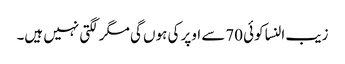
زیب النسا کوئی 70سے اوپر کی ہوں گی مگر لگتی نہیں ہیں۔